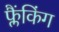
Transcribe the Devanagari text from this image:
फ्लैंकिंग